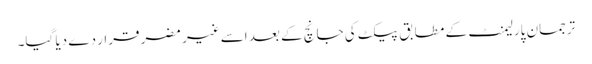
ترجمان پارلیمنٹ کے مطابق پیکٹ کی جانچ کے بعد اسے غیر مضر قرار دے دیا گیا۔